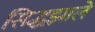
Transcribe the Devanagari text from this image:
सिद्धझाले